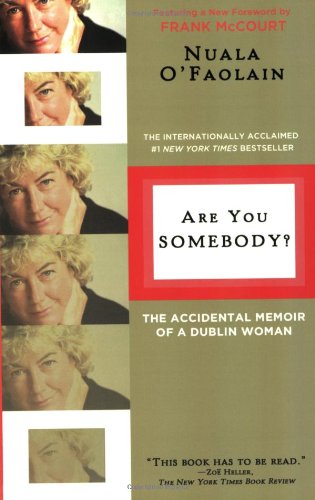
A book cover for Are You Somebody?: The Accidental Memoir of a Dublin Woman; Nuala O'Faolain; Biographies & Memoirs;